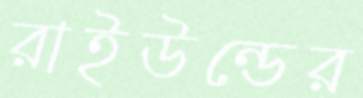
রাইউন্ডের